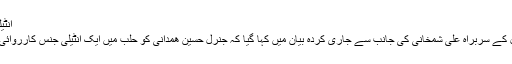
انٹیلی جنس کارروائی میں ہلاکت
ایران کی قومی سلامتی کونسل کے سربراہ علی شمخانی کی جانب سے جاری کردہ بیان میں کہا گیا کہ جنرل حسین ھمدانی کو حلب میں ایک انٹیلی جنس کارروائی کے دوران ہلاک کیا گیا ہے۔